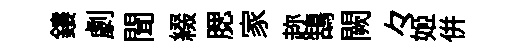
鏤劇聞綴腮家趂鵠闕々姬併